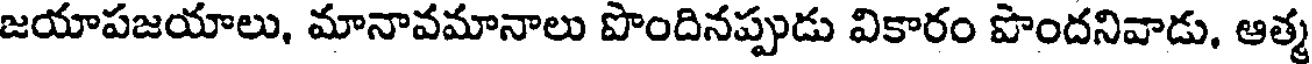
జయాపజయాలు, మానావమానాలు పొందినప్పుడు వికారం పొందనివాడు, ఆత్మ